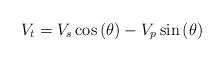
LaTeX: \begin{align*}V_{t}=V_{s}\cos \left( \theta \right) -V_{p}\sin \left( \theta \right)\end{align*}